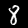
Label: 8